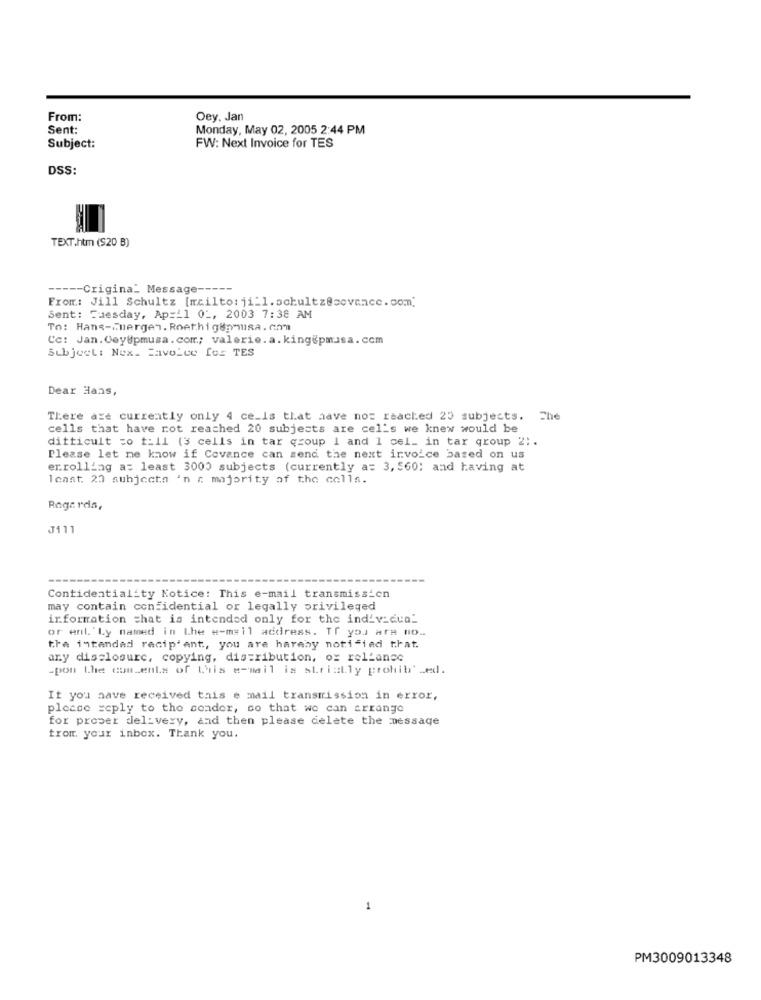
From:
Oey. Jan
Sent:
Monday, May 02, 2005 2:44 PM
Subject:
FW: Next Invoice for TES
DSS:
TEXT.htm ($20 B)
----- Crigina_ Message -----
From: Jill Schultz [mailto: ji_1.schultz@scvance. com]
Sent: Tuesday, Ap=11 02, 2003 7:38 AM
To: Hans-cuergen. Roethig8pmusa.com
Cc: Jan.Cey@pmusa.com .; valerie.a.king&pmusa.com
Subject: Nex. Eavolte for TES
Dear Hans,
There are currently only 4 ce_is that have noz reached 25 subjects. Che
cells that have rot reached 20 subjects are cel's we knew would be
ditticult co till (3 cells in tar group 1 and 1 cel_ in tar group 2 ;.
Please let me know if Covance can send the next invoice based on us
errolling a: least 3000 subjects (currently a= 3, 560; and having at
least. 20 subjects 'n r. majority of the colla.
Regards,
J111
Confidentiality Notice: This e-mail transmission
may contain confidential or legally privileged
information that is intended only for the individual
or ent.'Ly named in Lhe e-mail address. If you are no ..
the intended recip'ant, you are hereby notified that.
any disclosure, copying, distribution, ox reliance
-pon Lhe comcents of L'is e-mail is strictly prohibi Led.
If you have received this e mail transmission in error,
please reply to the sender, so that we can arrange
for proper del:very, and then please delete the message
from your inbox. Thank you.
1
PM3009013348